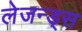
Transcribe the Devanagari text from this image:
लेजन्ड्स